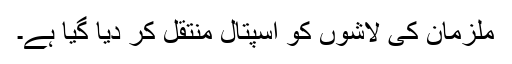
ملزمان کی لاشوں کو اسپتال منتقل کر دیا گیا ہے۔